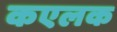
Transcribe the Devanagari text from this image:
कएलक